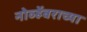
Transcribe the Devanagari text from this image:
नोव्हेंबराच्या